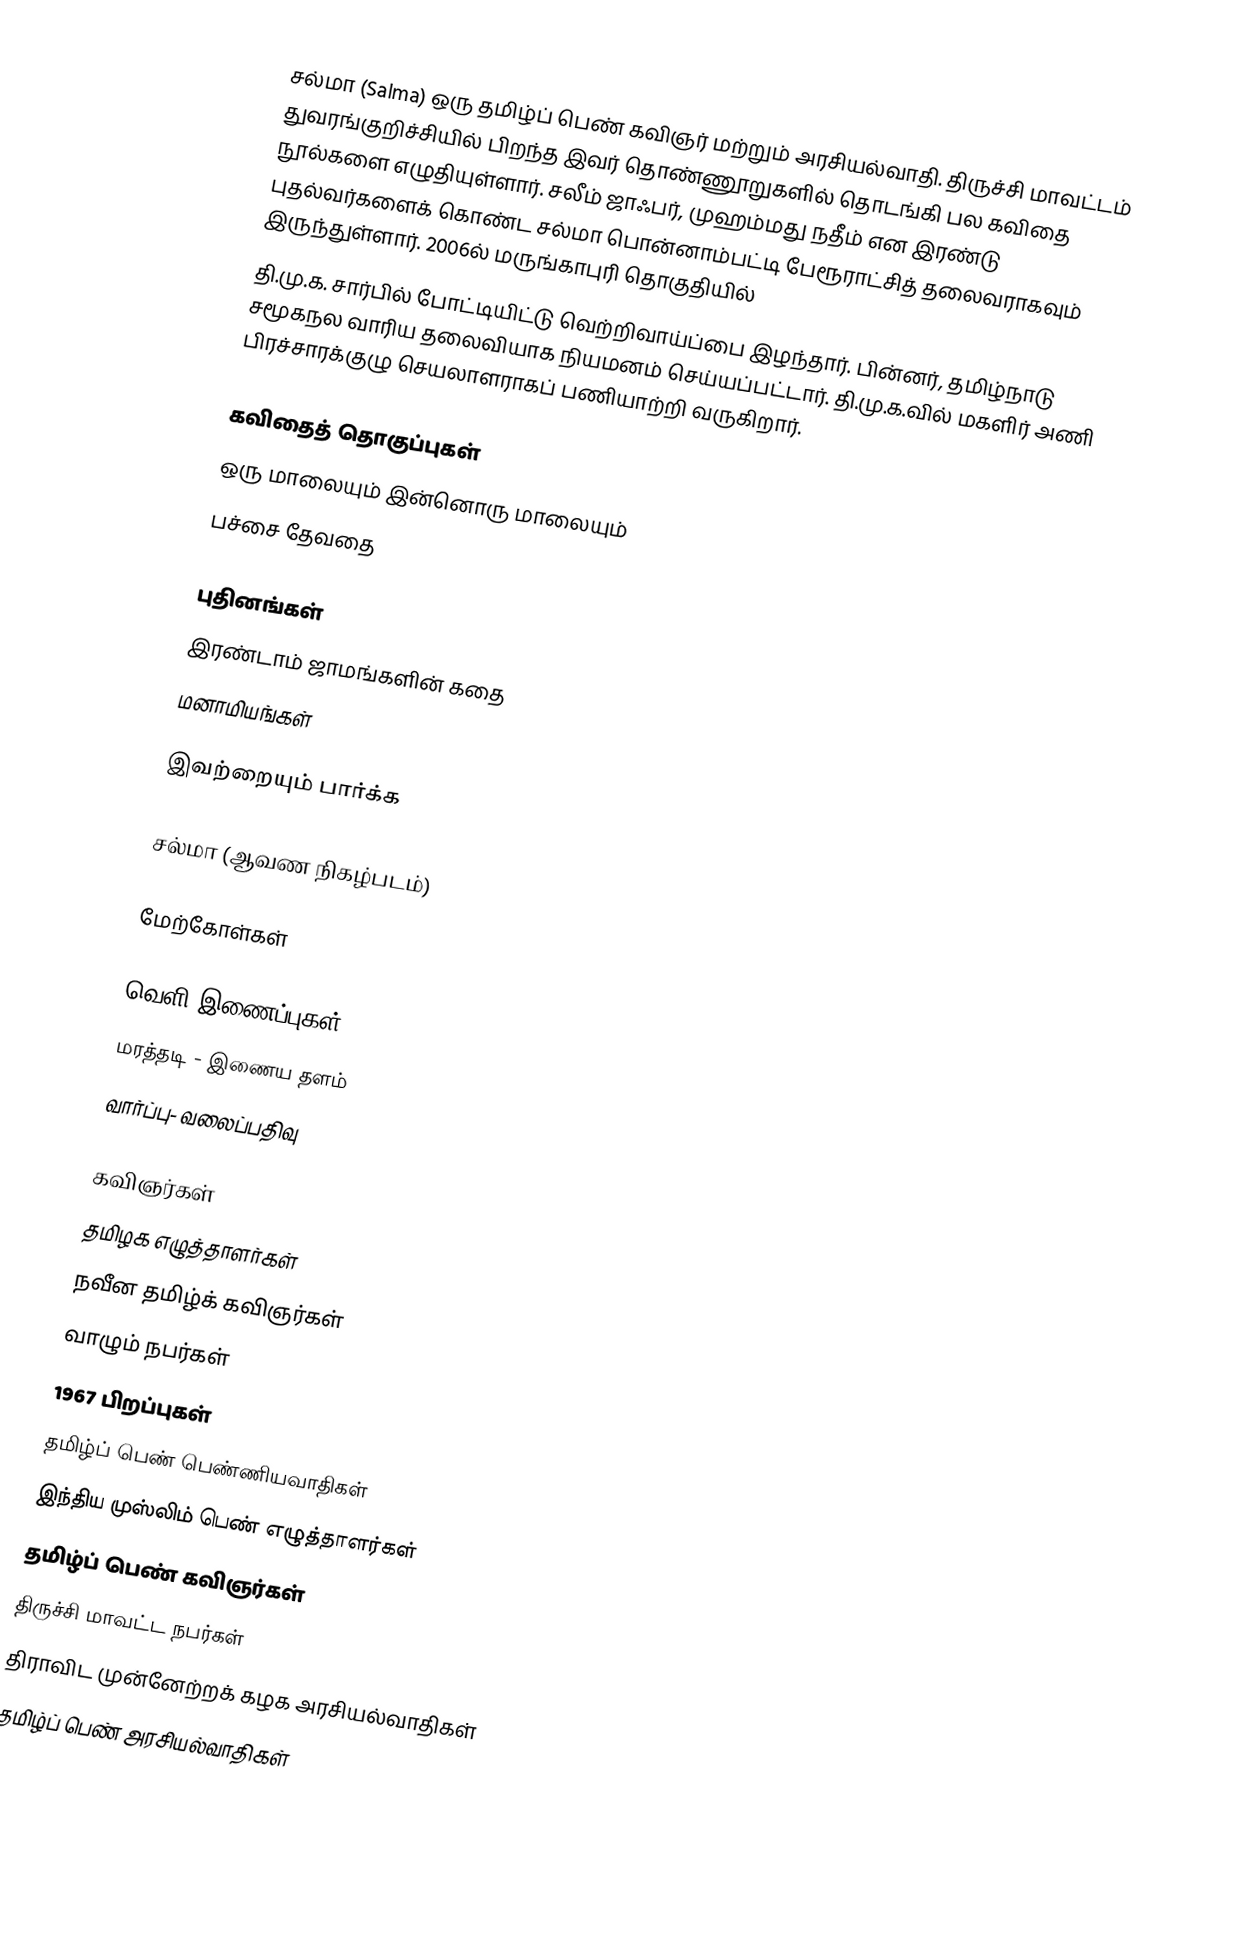
சல்மா (Salma) ஒரு தமிழ்ப் பெண் கவிஞர் மற்றும் அரசியல்வாதி.  திருச்சி மாவட்டம்  துவரங்குறிச்சியில் பிறந்த இவர் தொண்ணூறுகளில் தொடங்கி பல கவிதை நூல்களை எழுதியுள்ளார். சலீம் ஜாஃபர், முஹம்மது நதீம்  என இரண்டு புதல்வர்களைக் கொண்ட சல்மா பொன்னாம்பட்டி பேரூராட்சித் தலைவராகவும் இருந்துள்ளார். 2006ல் மருங்காபுரி தொகுதியில்
தி.மு.க. சார்பில் போட்டியிட்டு வெற்றிவாய்ப்பை இழந்தார். பின்னர், தமிழ்நாடு சமூகநல வாரிய தலைவியாக நியமனம் செய்யப்பட்டார். தி.மு.க.வில் மகளிர் அணி பிரச்சாரக்குழு செயலாளராகப் பணியாற்றி வருகிறார்.

கவிதைத் தொகுப்புகள்
 ஒரு மாலையும் இன்னொரு மாலையும்
 பச்சை தேவதை

புதினங்கள்
 இரண்டாம் ஜாமங்களின் கதை
 மனாமியங்கள்

இவற்றையும் பார்க்க

 சல்மா (ஆவண நிகழ்படம்)

மேற்கோள்கள்

வெளி இணைப்புகள்
மரத்தடி - இணைய தளம்
வார்ப்பு- வலைப்பதிவு

கவிஞர்கள்
தமிழக எழுத்தாளர்கள்
நவீன தமிழ்க் கவிஞர்கள்
வாழும் நபர்கள்
1967 பிறப்புகள்
தமிழ்ப் பெண் பெண்ணியவாதிகள்
இந்திய முஸ்லிம் பெண் எழுத்தாளர்கள்
தமிழ்ப் பெண் கவிஞர்கள்
திருச்சி மாவட்ட நபர்கள்
திராவிட முன்னேற்றக் கழக அரசியல்வாதிகள்
தமிழ்ப் பெண் அரசியல்வாதிகள்